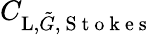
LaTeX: C_{\textup{L},\tilde{G},\mathrm{~S~t~o~k~e~s~}}